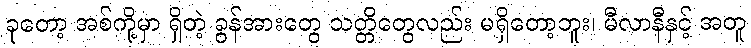
ခုတော့ အစ်ကို့မှာ ရှိတဲ့ ခွန်အားတွေ သတ္တိတွေလည်း မရှိတော့ဘူး၊ မီလာနီနှင့် အတူ